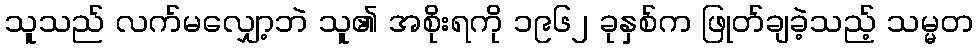
သူသည် လက်မလျှော့ဘဲ သူ၏ အစိုးရကို ၁၉၆၂ ခုနှစ်က ဖြုတ်ချခဲ့သည့် သမ္မတ